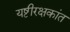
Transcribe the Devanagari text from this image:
यष्टीरक्षकांत